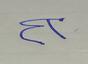
Signature authenticity: forged